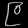
Digit: ၉